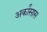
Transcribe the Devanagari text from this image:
अर्कांसास